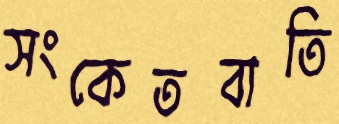
সংকেতবাতি